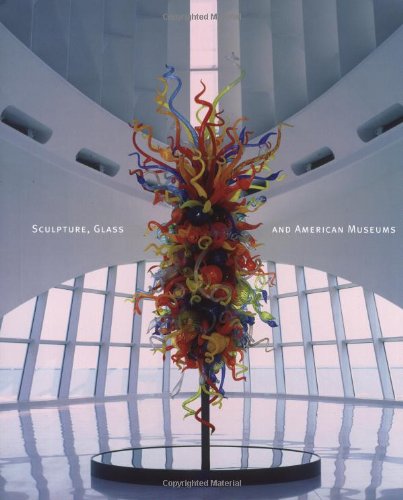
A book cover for Sculpture, Glass and American Museums; Martha Drexler Lynn; Arts & Photography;